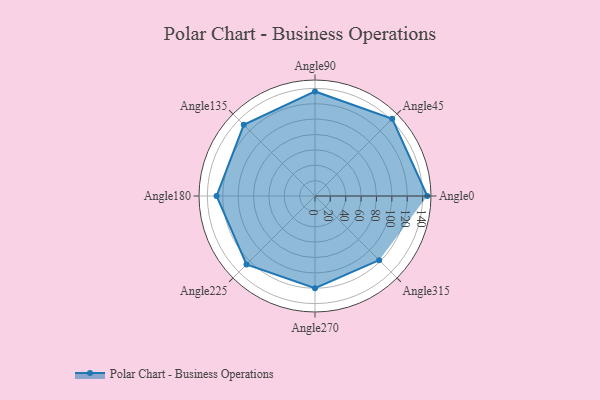
{"axis": {"x": "Angle", "y": "Radius"}, "legend": [""], "data": [{"x": "Angle0", "y": 146.0, "type": ""}, {"x": "Angle45", "y": 142.0, "type": ""}, {"x": "Angle90", "y": 136.0, "type": ""}, {"x": "Angle135", "y": 131.0, "type": ""}, {"x": "Angle180", "y": 128.0, "type": ""}, {"x": "Angle225", "y": 126.0, "type": ""}, {"x": "Angle270", "y": 120.0, "type": ""}, {"x": "Angle315", "y": 118.0, "type": ""}]}